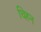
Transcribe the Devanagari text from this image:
चिहन